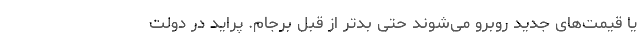
یا قیمت‌های جدید روبرو می‌شوند حتی بدتر از قبل برجام. پراید در دولت